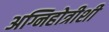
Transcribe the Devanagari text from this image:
अग्निहोत्रीशी